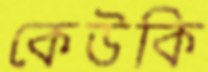
কেউকি